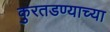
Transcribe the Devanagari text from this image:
कुरतडण्याच्या